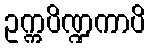
ဥက္ကပိဏ္ဍကာပိ